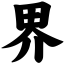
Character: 界